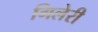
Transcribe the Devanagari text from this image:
गिलेरी